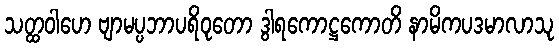
သတ္ထဝါဟေ ဗျာမပ္ပဘာပရိဝုတော ဒွါရကောဋ္ဌကောတိ နာမိကပဒမာလာသု